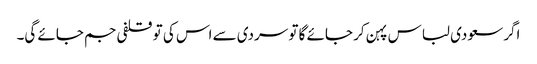
اگر سعودی لباس پہن کر جائے گا تو سردی سے اس کی تو قلفی جم جائے گی۔